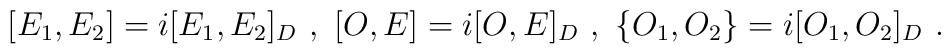
[E_{1} , E_{2}] = i [E_{1} , E_{2}]_{D} ~,~ [O , E] = i [O , E]_{D} ~,~ \{O_{1} , O_{2}\} = i [O_{1} , O_{2}]_{D} ~.